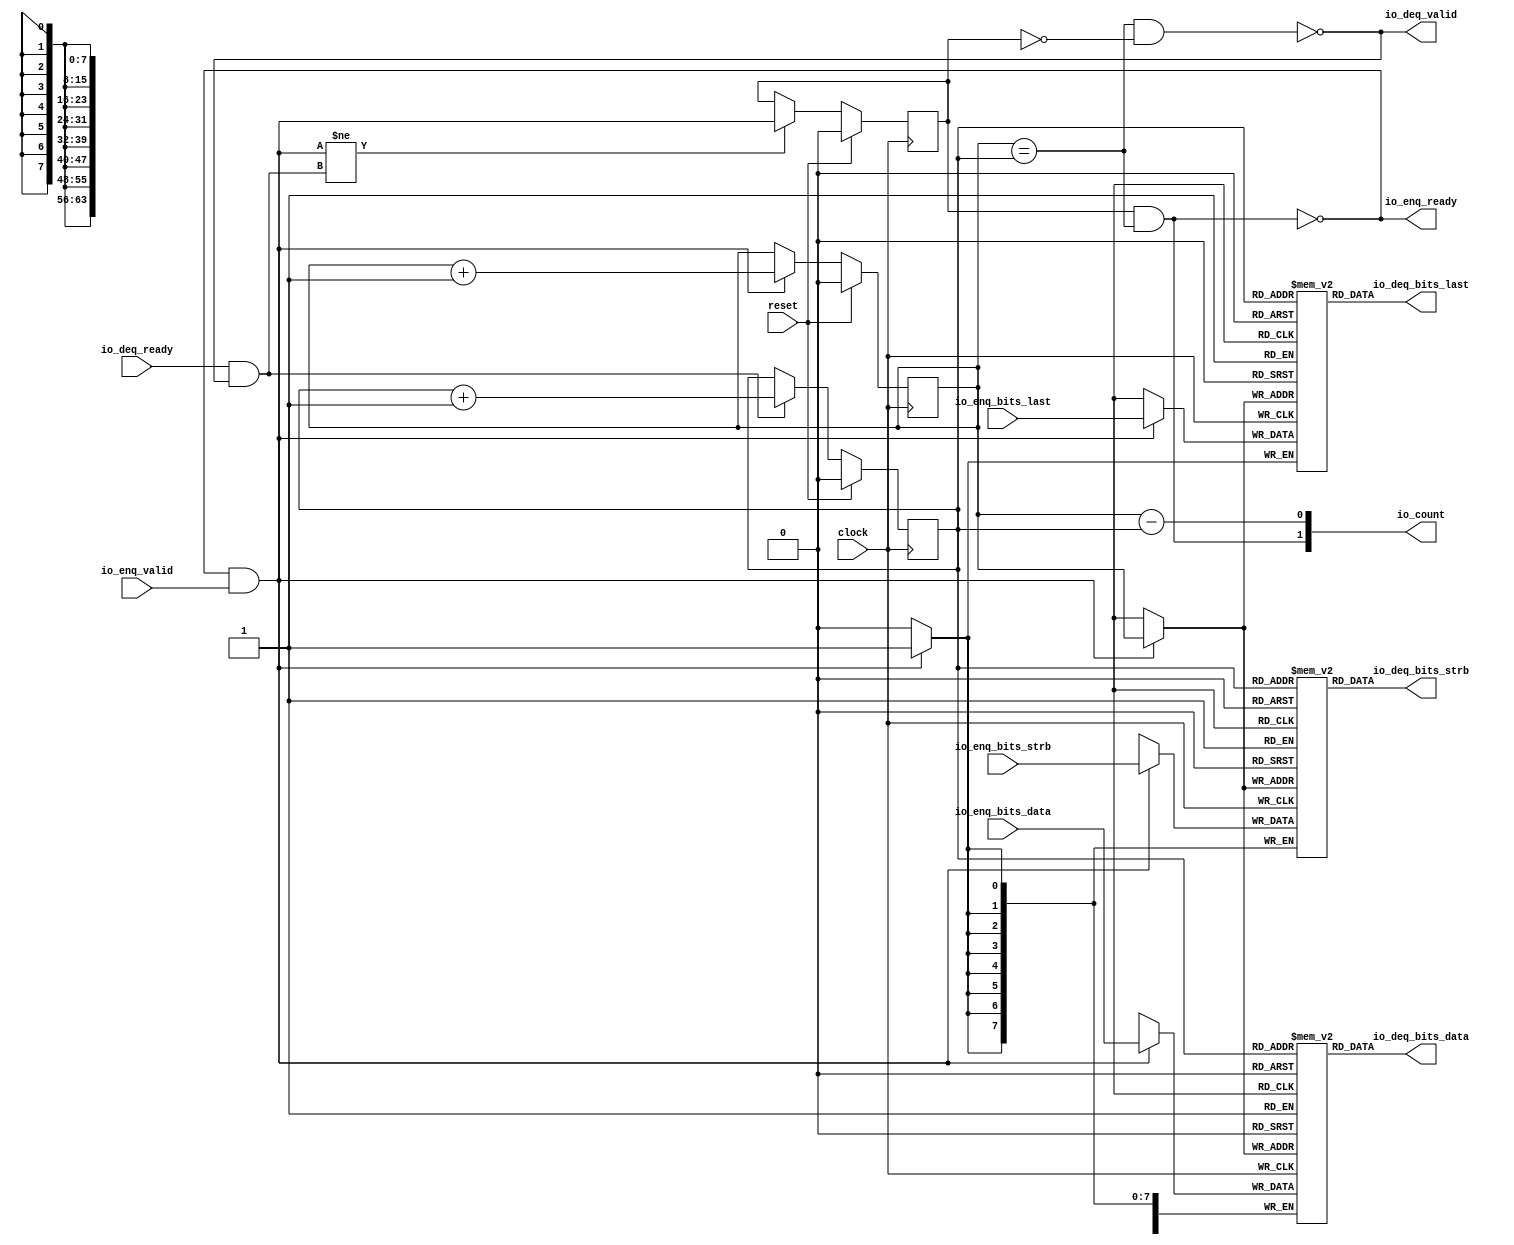
module Queue_8(
  input   clock,
  input   reset,
  output  io_enq_ready,
  input   io_enq_valid,
  input  [63:0] io_enq_bits_data,
  input  [7:0] io_enq_bits_strb,
  input   io_enq_bits_last,
  input   io_deq_ready,
  output  io_deq_valid,
  output [63:0] io_deq_bits_data,
  output [7:0] io_deq_bits_strb,
  output  io_deq_bits_last,
  output [1:0] io_count
);
  reg [63:0] ram_data [0:1];
  reg [63:0] _GEN_0;
  wire [63:0] ram_data__T_78_data;
  wire  ram_data__T_78_addr;
  wire [63:0] ram_data__T_59_data;
  wire  ram_data__T_59_addr;
  wire  ram_data__T_59_mask;
  wire  ram_data__T_59_en;
  reg [7:0] ram_strb [0:1];
  reg [31:0] _GEN_1;
  wire [7:0] ram_strb__T_78_data;
  wire  ram_strb__T_78_addr;
  wire [7:0] ram_strb__T_59_data;
  wire  ram_strb__T_59_addr;
  wire  ram_strb__T_59_mask;
  wire  ram_strb__T_59_en;
  reg  ram_last [0:1];
  reg [31:0] _GEN_2;
  wire  ram_last__T_78_data;
  wire  ram_last__T_78_addr;
  wire  ram_last__T_59_data;
  wire  ram_last__T_59_addr;
  wire  ram_last__T_59_mask;
  wire  ram_last__T_59_en;
  reg  _T_48;
  reg [31:0] _GEN_3;
  reg  _T_50;
  reg [31:0] _GEN_4;
  reg  maybe_full;
  reg [31:0] _GEN_5;
  wire  _T_52;
  wire  _T_54;
  wire  _T_55;
  wire  _T_56;
  wire  _T_57;
  wire  do_enq;
  wire  _T_58;
  wire  do_deq;
  wire [1:0] _T_66;
  wire  _T_67;
  wire  _GEN_6;
  wire [1:0] _T_71;
  wire  _T_72;
  wire  _GEN_7;
  wire  _T_73;
  wire  _GEN_8;
  wire  _T_75;
  wire  _T_77;
  wire [1:0] _T_82;
  wire  _T_83;
  wire  _T_84;
  wire [1:0] _T_85;
  assign io_enq_ready = _T_77;
  assign io_deq_valid = _T_75;
  assign io_deq_bits_data = ram_data__T_78_data;
  assign io_deq_bits_strb = ram_strb__T_78_data;
  assign io_deq_bits_last = ram_last__T_78_data;
  assign io_count = _T_85;
  assign ram_data__T_78_addr = _T_50;
  assign ram_data__T_78_data = ram_data[ram_data__T_78_addr];
  assign ram_data__T_59_data = io_enq_bits_data;
  assign ram_data__T_59_addr = _T_48;
  assign ram_data__T_59_mask = do_enq;
  assign ram_data__T_59_en = do_enq;
  assign ram_strb__T_78_addr = _T_50;
  assign ram_strb__T_78_data = ram_strb[ram_strb__T_78_addr];
  assign ram_strb__T_59_data = io_enq_bits_strb;
  assign ram_strb__T_59_addr = _T_48;
  assign ram_strb__T_59_mask = do_enq;
  assign ram_strb__T_59_en = do_enq;
  assign ram_last__T_78_addr = _T_50;
  assign ram_last__T_78_data = ram_last[ram_last__T_78_addr];
  assign ram_last__T_59_data = io_enq_bits_last;
  assign ram_last__T_59_addr = _T_48;
  assign ram_last__T_59_mask = do_enq;
  assign ram_last__T_59_en = do_enq;
  assign _T_52 = _T_48 == _T_50;
  assign _T_54 = maybe_full == 1'h0;
  assign _T_55 = _T_52 & _T_54;
  assign _T_56 = _T_52 & maybe_full;
  assign _T_57 = io_enq_ready & io_enq_valid;
  assign do_enq = _T_57;
  assign _T_58 = io_deq_ready & io_deq_valid;
  assign do_deq = _T_58;
  assign _T_66 = _T_48 + 1'h1;
  assign _T_67 = _T_66[0:0];
  assign _GEN_6 = do_enq ? _T_67 : _T_48;
  assign _T_71 = _T_50 + 1'h1;
  assign _T_72 = _T_71[0:0];
  assign _GEN_7 = do_deq ? _T_72 : _T_50;
  assign _T_73 = do_enq != do_deq;
  assign _GEN_8 = _T_73 ? do_enq : maybe_full;
  assign _T_75 = _T_55 == 1'h0;
  assign _T_77 = _T_56 == 1'h0;
  assign _T_82 = _T_48 - _T_50;
  assign _T_83 = _T_82[0:0];
  assign _T_84 = maybe_full & _T_52;
  assign _T_85 = {_T_84,_T_83};
`ifdef RANDOMIZE
  integer initvar;
  initial begin
    `ifndef verilator
      #0.002 begin end
    `endif
  _GEN_0 = {2{$random}};
  `ifdef RANDOMIZE_MEM_INIT
  for (initvar = 0; initvar < 2; initvar = initvar+1)
    ram_data[initvar] = _GEN_0[63:0];
  `endif
  _GEN_1 = {1{$random}};
  `ifdef RANDOMIZE_MEM_INIT
  for (initvar = 0; initvar < 2; initvar = initvar+1)
    ram_strb[initvar] = _GEN_1[7:0];
  `endif
  _GEN_2 = {1{$random}};
  `ifdef RANDOMIZE_MEM_INIT
  for (initvar = 0; initvar < 2; initvar = initvar+1)
    ram_last[initvar] = _GEN_2[0:0];
  `endif
  `ifdef RANDOMIZE_REG_INIT
  _GEN_3 = {1{$random}};
  _T_48 = _GEN_3[0:0];
  `endif
  `ifdef RANDOMIZE_REG_INIT
  _GEN_4 = {1{$random}};
  _T_50 = _GEN_4[0:0];
  `endif
  `ifdef RANDOMIZE_REG_INIT
  _GEN_5 = {1{$random}};
  maybe_full = _GEN_5[0:0];
  `endif
  end
`endif
  always @(posedge clock) begin
    if(ram_data__T_59_en & ram_data__T_59_mask) begin
      ram_data[ram_data__T_59_addr] <= ram_data__T_59_data;
    end
    if(ram_strb__T_59_en & ram_strb__T_59_mask) begin
      ram_strb[ram_strb__T_59_addr] <= ram_strb__T_59_data;
    end
    if(ram_last__T_59_en & ram_last__T_59_mask) begin
      ram_last[ram_last__T_59_addr] <= ram_last__T_59_data;
    end
    if (reset) begin
      _T_48 <= 1'h0;
    end else begin
      if (do_enq) begin
        _T_48 <= _T_67;
      end
    end
    if (reset) begin
      _T_50 <= 1'h0;
    end else begin
      if (do_deq) begin
        _T_50 <= _T_72;
      end
    end
    if (reset) begin
      maybe_full <= 1'h0;
    end else begin
      if (_T_73) begin
        maybe_full <= do_enq;
      end
    end
  end
endmodule